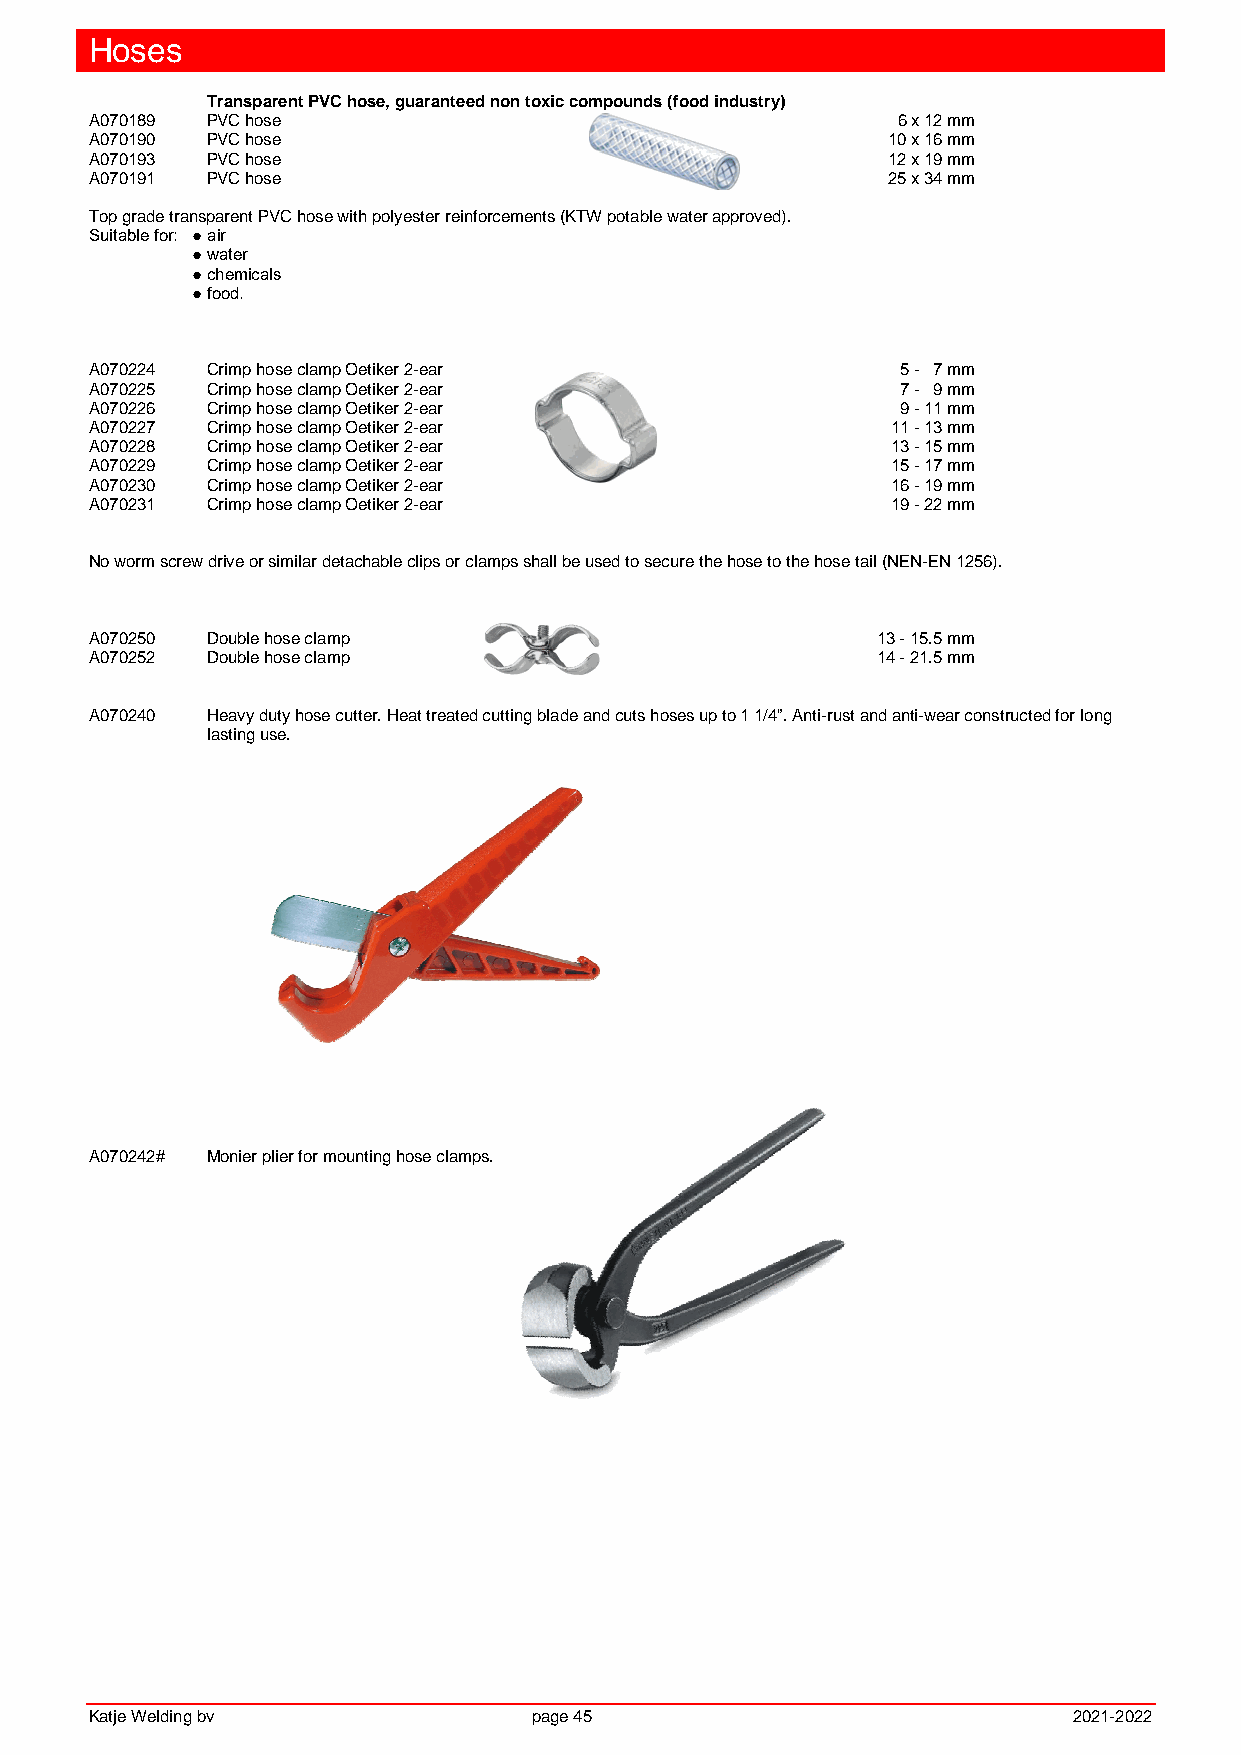
Hoses
 Transparent PVC hose, guaranteed non toxic compounds (food industry)
 A070189 PVC hose                                     6 x 12 mm
 A070190 PVC hose                                     10 x 16 mm
 A070193 PVC hose                                     12 x 19 mm
 A070191 PVC hose                                     25 x 34 mm
 Top grade transparent PVC hose with polyester reinforcements (KTW potable water approved).
 Suitable for: ● air
 ● water
 ● chemicals
 ● food.
 A070224 Crimp hose clamp Oetiker 2-ear                5 - 7 mm
 A070225 Crimp hose clamp Oetiker 2-ear                7 - 9 mm
 A070226 Crimp hose clamp Oetiker 2-ear                9 - 11 mm
 A070227 Crimp hose clamp Oetiker 2-ear               11 - 13 mm
 A070228 Crimp hose clamp Oetiker 2-ear               13 - 15 mm
 A070229 Crimp hose clamp Oetiker 2-ear               15 - 17 mm
 A070230 Crimp hose clamp Oetiker 2-ear               16 - 19 mm
 A070231 Crimp hose clamp Oetiker 2-ear               19 - 22 mm
 No worm screw drive or similar detachable clips or clamps shall be used to secure the hose to the hose tail (NEN-EN 1256).
 A070250 Double hose clamp                           13 - 15.5 mm
 A070252 Double hose clamp                           14 - 21.5 mm
 A070240 Heavy duty hose cutter. Heat treated cutting blade and cuts hoses up to 1 1/4”. Anti-rust and anti-wear constructed for long
 lasting use.
 A070242# Monier plier for mounting hose clamps.
 Katje Welding bv             page 45                             2021-2022